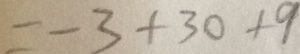
= - 3 + 3 0 + 4